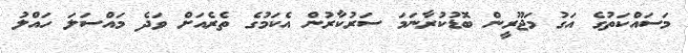
މަސައްކަތުގެ އަގު މަޖޫރީން ބޮޑުކުރާނަމަ ސަރުކާރުން އެކަމުގެ ތެރެއަށް ވަދެ މައްސަލަ ހައްލު